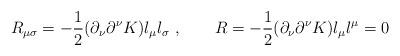
LaTeX: \begin{align*}R_{\mu \sigma} = - {1\over 2} ( \partial_{\nu}\partial^{\nu} K ) l_{\mu}l_{\sigma}\ , \qquad R= - {1\over 2} ( \partial_{\nu}\partial^{\nu} K ) l_{\mu}l^{\mu}=0\end{align*}